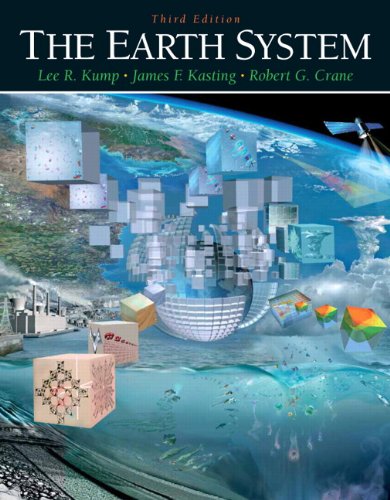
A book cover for The Earth System (3rd Edition); Lee R. Kump; Science & Math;